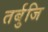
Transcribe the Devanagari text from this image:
तर्बुजि